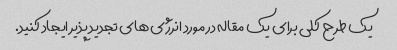
یک طرح کلی برای یک مقاله در مورد انرژی های تجدید پذیر ایجاد کنید.